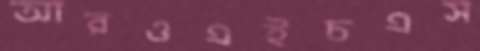
আরওএইচএস